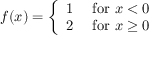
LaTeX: f ( x ) = { \left\{ \begin{array} { l l } { 1 } & { { \mathrm { ~ f o r ~ } } x < 0 } \\ { 2 } & { { \mathrm { ~ f o r ~ } } x \geq 0 } \end{array} \right. }